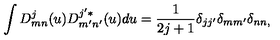
\int D _ { m n } ^ { j } ( u ) D _ { m ^ { \prime } n ^ { \prime } } ^ { j ^ { \prime } * } ( u ) d u = \frac { 1 } { 2 j + 1 } \delta _ { j j ^ { \prime } } \delta _ { m m ^ { \prime } } \delta _ { n n , }